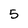
Character: 5